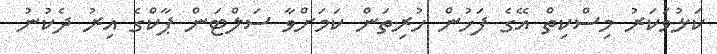
ކަޅުވަކަރު މިސްކިތް އޭގެ ފަހުން ހުރިތަން ކަމަށްވާ ސަލްޓަން ޕާކްގެ އިރު ދެކުނު